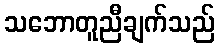
သဘောတူညီချက်သည်